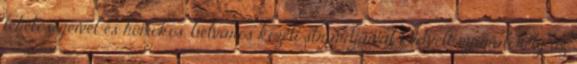
lehetőségeivel és homokos, belváros közeli strandjaival kedvelt nyaralóhely az